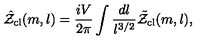
\hat { \cal Z } _ { \mathrm { c l } } ( m , l ) = \frac { i V } { 2 \pi } \int \frac { d l } { l ^ { 3 / 2 } } \tilde { \cal Z } _ { \mathrm { c l } } ( m , l ) ,